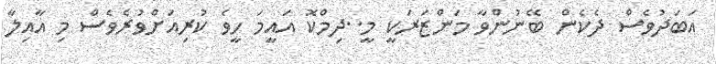
އަބަދުވެސް ދެކެން ބޭނުންވާ މަންޒަރަކީ މީ..ދިމްކޮ އައީމަ ހީވެ ކުރިއަށްވުރެވެސް މި އާއިލާ